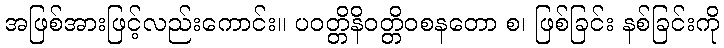
အဖြစ်အားဖြင့်လည်းကောင်း။ ပဝတ္တိနိဝတ္တိဝစနတော စ၊ ဖြစ်ခြင်း နစ်ခြင်းကို